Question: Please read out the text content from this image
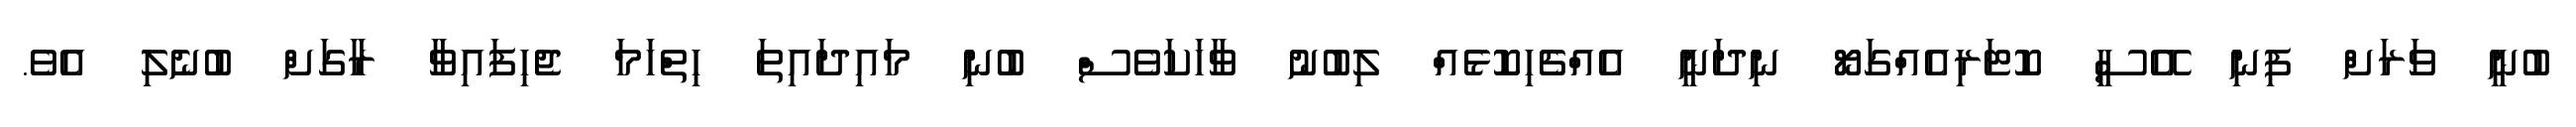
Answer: ބުނީ ވަރަށް ފިނި އޭސީ ކޮޓަރިއެއްގަޔޯ ނިދަނީ އެއްޗެހިކޮޅެއް ލިބުނު ވާހަކަވެސް ބުނި މައިދައިތަ ހިތްހަމަ ޖެހިފައިވާ ރާގަށް ބުނެލި އެވެ.